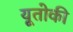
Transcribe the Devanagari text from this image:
यूतोकी